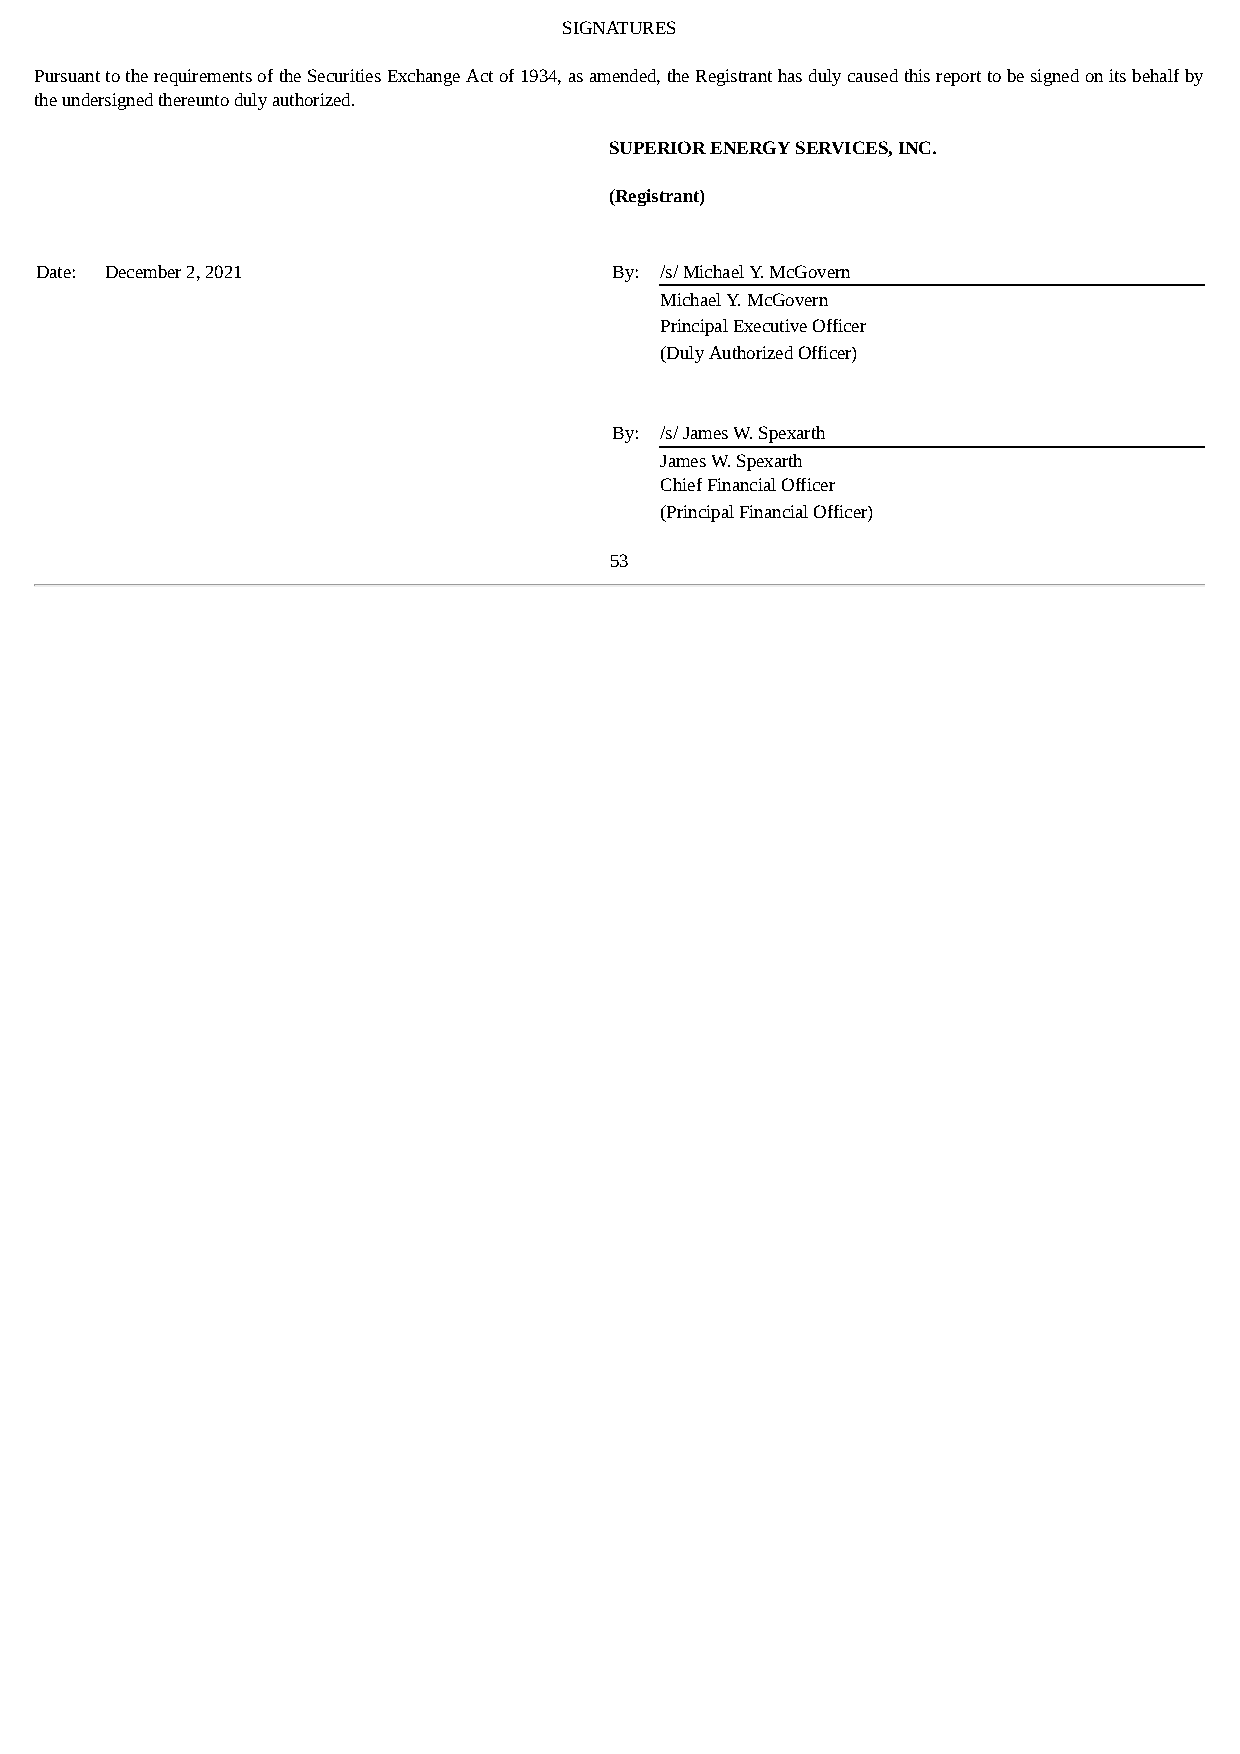
SIGNATURES
 Pursuant to the requirements of the Securities Exchange Act of 1934, as amended, the Registrant has duly caused this report to be signed on its behalf by
 the undersigned thereunto duly authorized.
 SUPERIOR ENERGY SERVICES, INC.
 (Registrant)
 Date: December 2, 2021                 By: /s/ Michael Y. McGovern
 Michael Y. McGovern
 Principal Executive Officer
 (Duly Authorized Officer)
 By: /s/ James W. Spexarth
 James W. Spexarth
 Chief Financial Officer
 (Principal Financial Officer)
 53